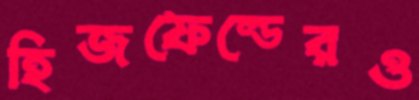
হিজফেল্ডেরও